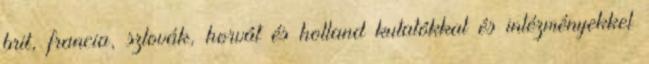
brit, francia, szlovák, horvát és holland kutatókkal és intézményekkel